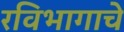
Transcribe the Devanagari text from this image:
रविभागाचे